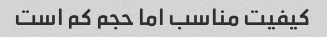
کیفیت مناسب اما حجم کم است